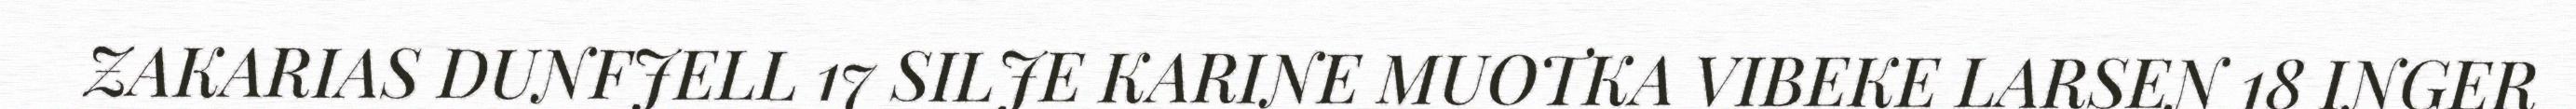
ZAKARIAS DUNFJELL 17 SILJE KARINE MUOTKA VIBEKE LARSEN 18 INGER